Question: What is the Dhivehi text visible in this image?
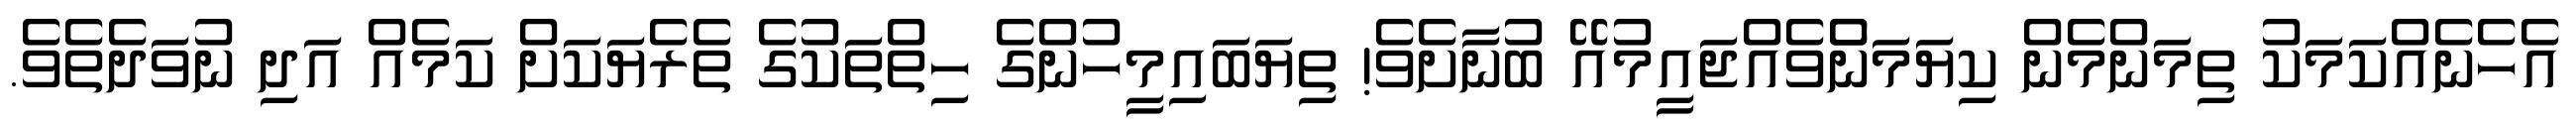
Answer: އެހެނެއްކަމަކު ތިމަންމެން ކިޔަމަންެވެއްޖައީމުއޭ ބުނާށެވެ! ތިޔަބައިމީހުންގެ ހިތްތަކުގެ ތެރެޔަކަށް ކަމެއް އަދި ނުވަދެތެވެ.